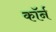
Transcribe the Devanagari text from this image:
कॉर्न